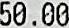
50.00